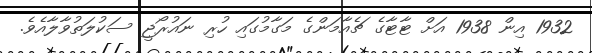
1932 އިން 1938 އަށް ޓާޓާގެ ޗެއާމަންގެ މަގާމުގައި ހުރި ނައުރޯޖީ ސަކުލަތުވާލާއެވެ.